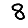
Digit: 8